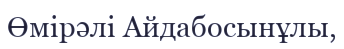
Өмірәлі Айдабосынұлы,